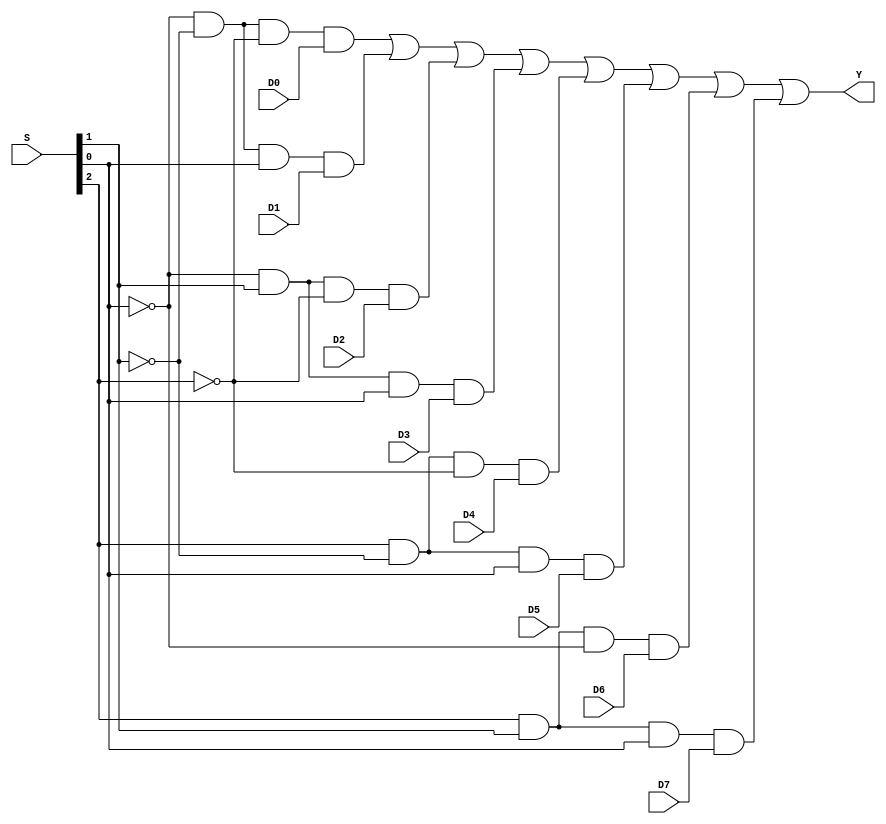
module mux_8to1_glr(input D0,D1,D2,D3,D4,D5,D6,D7,input [2:0] S,output Y);
wire inv0,inv1,inv2;
wire a0,a1,a2,a3,a4,a5,a6,a7;
not n1(inv0,S[0]);
not n2(inv1,S[1]);
not n3(inv2,S[2]);
and u1(a0,inv0,inv1,inv2,D0);
and u2(a1,inv0,inv1,S[0],D1);
and u3(a2,inv0,S[1],inv2,D2);
and u4(a3,inv0,S[1],S[0],D3);
and u5(a4,S[2],inv1,inv2,D4);
and u6(a5,S[2],inv1,S[0],D5);
and u7(a6,S[2],S[1],inv0,D6);
and u8(a7,S[2],S[1],S[0],D7);
or res(Y,a0,a1,a2,a3,a4,a5,a6,a7);
endmodule